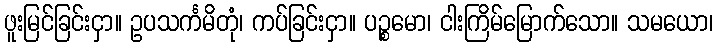
ဖူးမြင်ခြင်းငှာ။ ဥပသင်္ကမိတုံ၊ ကပ်ခြင်းငှာ။ ပဉ္စမော၊ ငါးကြိမ်မြောက်သော။ သမယော၊